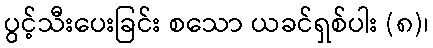
ပွင့်သီးပေးခြင်း စသော ယခင်ရှစ်ပါး (၈)၊